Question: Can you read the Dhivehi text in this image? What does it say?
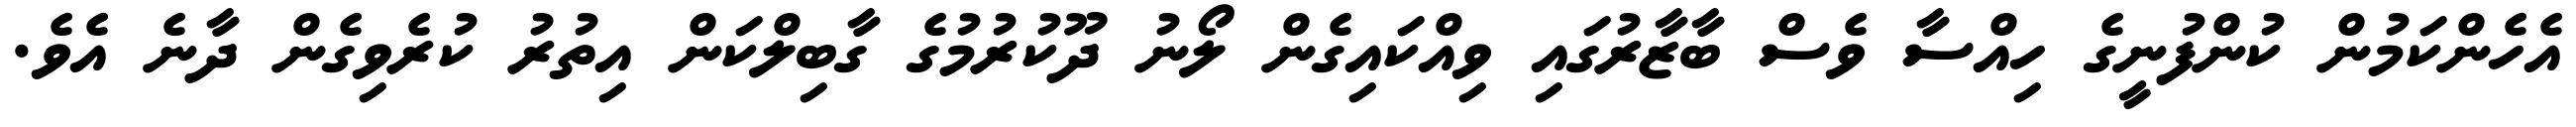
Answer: އެހެންކަމުން ކުންފުނީގެ ހިއްސާ ވެސް ބާޒާރުގައި ވިއްކައިގެން ލޯނު ދޫކުރުމުގެ ގާބިލްކަން އިތުރު ކުރެވިގެން ދާނެ އެވެ.